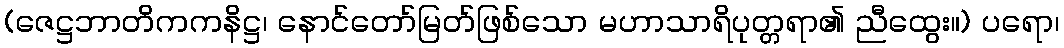
(ဇေဋ္ဌဘာတိကကနိဋ္ဌ၊ နောင်တော်မြတ်ဖြစ်သော မဟာသာရိပုတ္တရာ၏ ညီထွေး။) ပရော၊